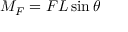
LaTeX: M _ { F } = F L \sin \theta